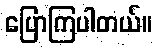
ပြောကြပါတယ်။